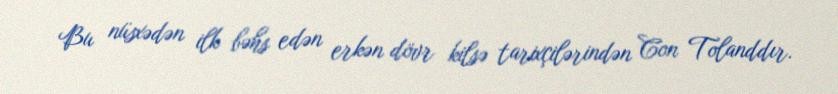
Bu nüsxədən ilk bəhs edən erkən dövr kilsə tarixçilərindən Con Tolanddır.